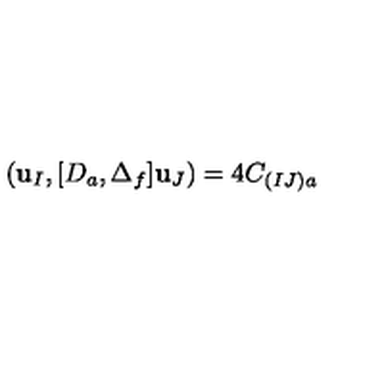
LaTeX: ( { \bf u } _ { I } , [ D _ { a } , \Delta _ { f } ] { \bf u } _ { J } ) = 4 C _ { ( I J ) a }